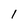
Character: I